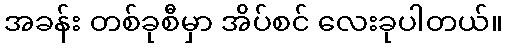
အခန်း တစ်ခုစီမှာ အိပ်စင် လေးခုပါတယ်။